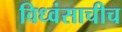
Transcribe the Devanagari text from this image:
विध्वंसाचीच